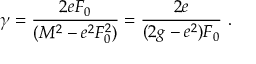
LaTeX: \gamma = \frac { 2 e F _ { 0 } } { ( M ^ { 2 } - e ^ { 2 } F _ { 0 } ^ { 2 } ) } = \frac { 2 e } { ( 2 g - e ^ { 2 } ) F _ { 0 } } \, \, .